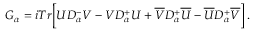
G _ { \alpha } = i T r \Big [ U { \cal D } _ { \alpha } ^ { - } V - V { \cal D } _ { \alpha } ^ { + } U + \overline { { V } } { \cal D } _ { \alpha } ^ { + } \overline { { U } } - \overline { { U } } { \cal D } _ { \alpha } ^ { + } \overline { { V } } \Big ] \, .